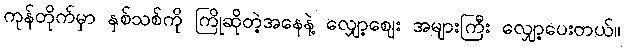
ကုန်တိုက်မှာ နှစ်သစ်ကို ကြိုဆိုတဲ့အနေနဲ့ လျှော့ဈေး အများကြီး လျှော့ပေးတယ်။